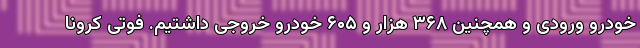
خودرو ورودی و همچنین ۳۶۸ هزار و ۶۰۵ خودرو خروجی داشتیم. فوتی کرونا